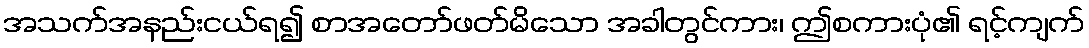
အသက်အနည်းငယ်ရ၍ စာအတော်ဖတ်မိသော အခါတွင်ကား၊ ဤစကားပုံ၏ ရင့်ကျက်